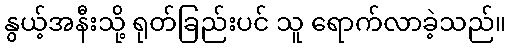
နွယ့်အနီးသို့ ရုတ်ခြည်းပင် သူ ရောက်လာခဲ့သည်။